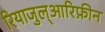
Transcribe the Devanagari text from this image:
रियाजुल्आरिफ़ीन